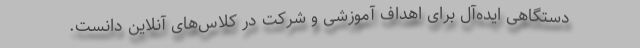
دستگاهی ایده‌آل برای اهداف آموزشی و شرکت در کلاس‌های آنلاین دانست.